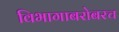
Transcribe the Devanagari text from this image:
विभागाबरोबरच